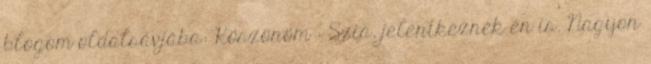
blogom oldalsávjába: Köszönöm : Szia, jelentkeznék én is. Nagyon